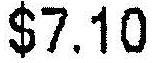
$7.10